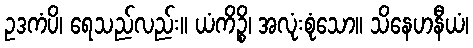
ဥဒကံပိ၊ ရေသည်လည်း။ ယံကိဉ္စိ၊ အလုံးစုံသော။ သိနေဟနီယံ၊